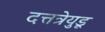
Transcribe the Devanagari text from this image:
दत्तत्रेयुडू